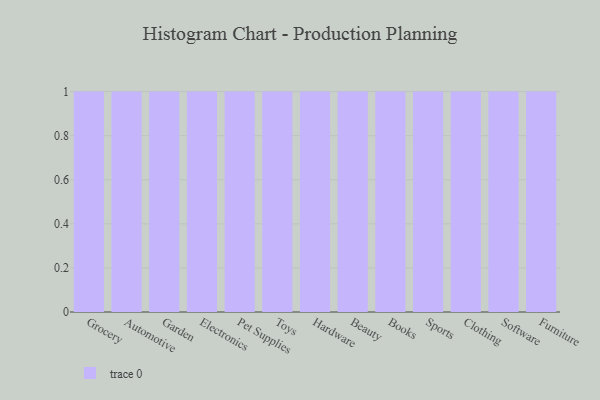
{"axis": {"x": "Category", "y": "Tickets Resolved"}, "legend": [""], "data": [{"x": "Grocery", "y": 6, "type": ""}, {"x": "Automotive", "y": 59, "type": ""}, {"x": "Garden", "y": 32, "type": ""}, {"x": "Electronics", "y": 80, "type": ""}, {"x": "Pet Supplies", "y": 84, "type": ""}, {"x": "Toys", "y": 54, "type": ""}, {"x": "Hardware", "y": 38, "type": ""}, {"x": "Beauty", "y": 95, "type": ""}, {"x": "Books", "y": 30, "type": ""}, {"x": "Sports", "y": 97, "type": ""}, {"x": "Clothing", "y": 11, "type": ""}, {"x": "Software", "y": 66, "type": ""}, {"x": "Furniture", "y": 15, "type": ""}]}